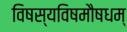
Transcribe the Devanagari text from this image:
विषस्यविषमौषधम्‌